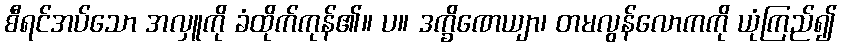
စီရင်အပ်သော အလှူကို ခံထိုက်ကုန်၏။ ပ။ ဒက္ခိဏေယျာ၊ တမလွန်လောကကို ယုံကြည်၍